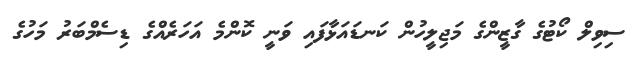
ސިވިލް ކޯޓުގެ ގާޒީންގެ މަޖިލީހުން ކަނޑައަޅާފައި ވަނީ ކޮންމެ އަހަރެއްގެ ޑިސެމްބަރު މަހުގެ